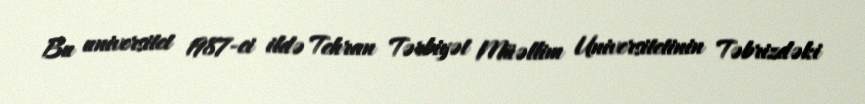
Bu universitet 1987-ci ildə Tehran Tərbiyət Müəllim Universitetinin Təbrizdəki